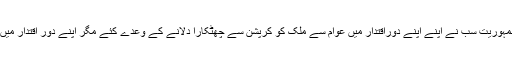
ذولفقار بھٹو سے نواز شریف تک اور ایوب خان سے پرویز مشرف تک امریت ہو یا جمہوریت سب نے اپنے اپنے دوراقتدار میں عوام سے ملک کو کرپشن سے چھٹکارا دلانے کے وعدے کئے مگر اپنے دور اقتدار میں اپنے پیاروں کو نوازتے رہے اور کوئی بھی حکمران قانون کے شکنجے میں نہیں آیا۔